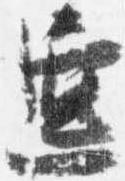
匡